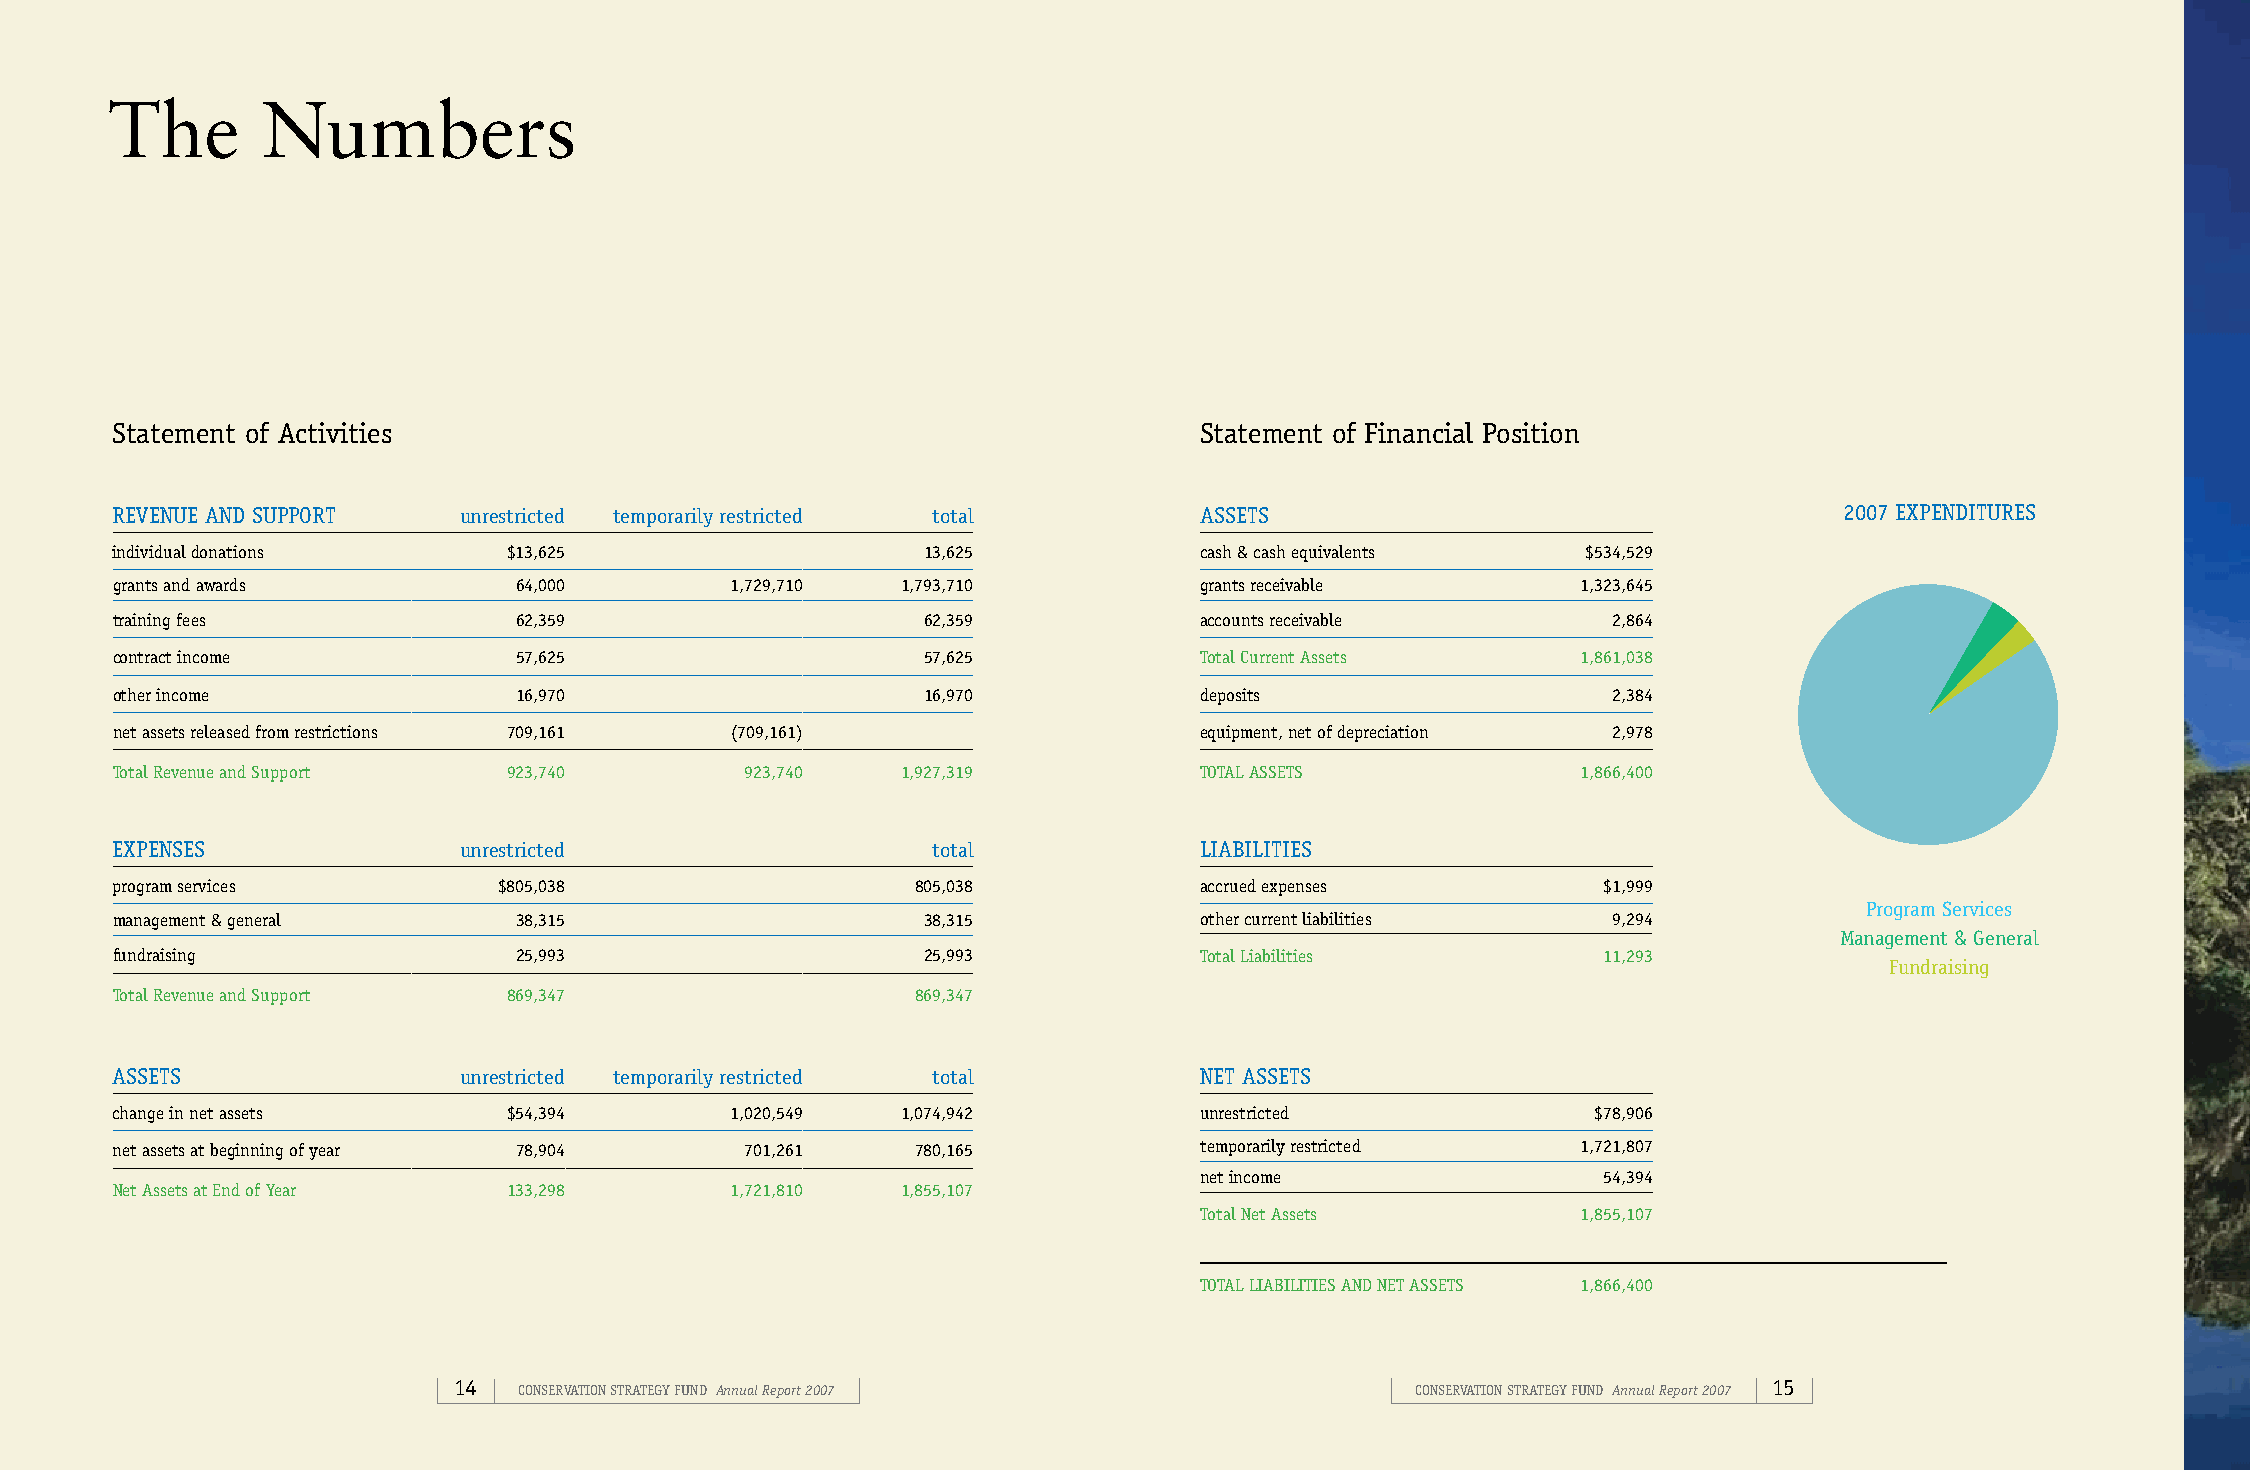
The       Numbers
 Statement of Activities                                                 Statement of Financial Position
 REVENUE AND SUPPORT    unrestricted temporarily restricted total        ASSETS                                     2007 EXPENDITURES
 individual donations       $13,625                    13,625            cash & cash equivalents   $534,529
 grants and awards          64,000        1,729,710   1,793,710          grants receivable         1,323,645
 training fees              62,359                     62,359            accounts receivable         2,864
 contract income            57,625                     57,625            Total Current Assets      1,861,038
 other income               16,970                     16,970            deposits                    2,384
 net assets released from restrictions 709,161 (709,161)                 equipment, net of depreciation 2,978
 Total Revenue and Support  923,740        923,740    1,927,319          TOTAL ASSETS              1,866,400
 EXPENSES               unrestricted                    total            LIABILITIES
 program services          $805,038                    805,038           accrued expenses           $1,999
 Program Services
 management & general       38,315                     38,315            other current liabilities   9,294
 Management & General
 fundraising                25,993                     25,993            Total Liabilities          11,293
 Fundraising
 Total Revenue and Support  869,347                    869,347
 ASSETS                 unrestricted temporarily restricted total        NET ASSETS
 change in net assets       $54,394       1,020,549   1,074,942          unrestricted               $78,906
 net assets at beginning of year 78,904    701,261     780,165           temporarily restricted    1,721,807
 net income                 54,394
 Net Assets at End of Year  133,298       1,721,810   1,855,107
 Total Net Assets          1,855,107
 TOTAL LIABILITIES AND NET ASSETS 1,866,400
 14  CONSERVATION STRATEGY FUND Annual Report 2007               CONSERVATION STRATEGY FUND Annual Report 2007 15